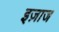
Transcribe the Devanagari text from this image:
इज़ाज